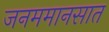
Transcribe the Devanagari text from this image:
जनममानसात